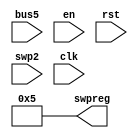
module R18(swpreg,bus5,en,rst,swp2,clk
    );
input en,rst,swp2;
input clk;
input [17:0] bus5;
output [17:0] swpreg=18'd5;

reg [17:0] swpreg;

always @ (negedge clk) begin
	if (rst)
		swpreg<=18'd5;

	else if (swp2 & en)
	swpreg<= bus5;

end
		
endmodule